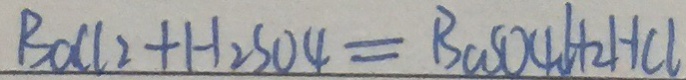
B a C l _ { 2 } + H _ { 2 } S O 4 = B \cos O 4 6 H + 2 H C l